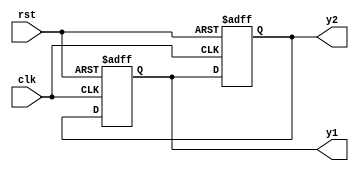
module fbosc1(y1 , y2 , clk , rst );
	output y1 , y2 ;
	input clk , rst ;
	reg y1 , y2 ;

	always @(posedge clk or posedge rst )
		if( rst ) 
			y1 = 0 ;
		else 
			y1 = y2 ;

	always @(posedge clk or posedge rst )
		if ( rst ) 
			y2 = 1 ;
		else 
			y2 = y1 ;
endmodule